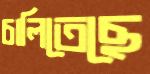
চালিতেছে